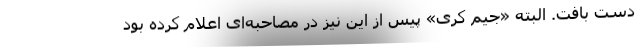
دست بافت. البته «جیم کری» پیس از این نیز در مصاحبه‌ای اعلام کرده بود